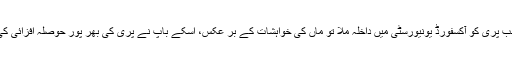
جب پری کو آکسفورڈ یونیورسٹی میں داخلہ ملا تو ماں کی خواہشات کے بر عکس، اسکے باپ نے پری کی بھر پور حوصلہ افزائی کی۔